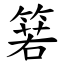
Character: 箬